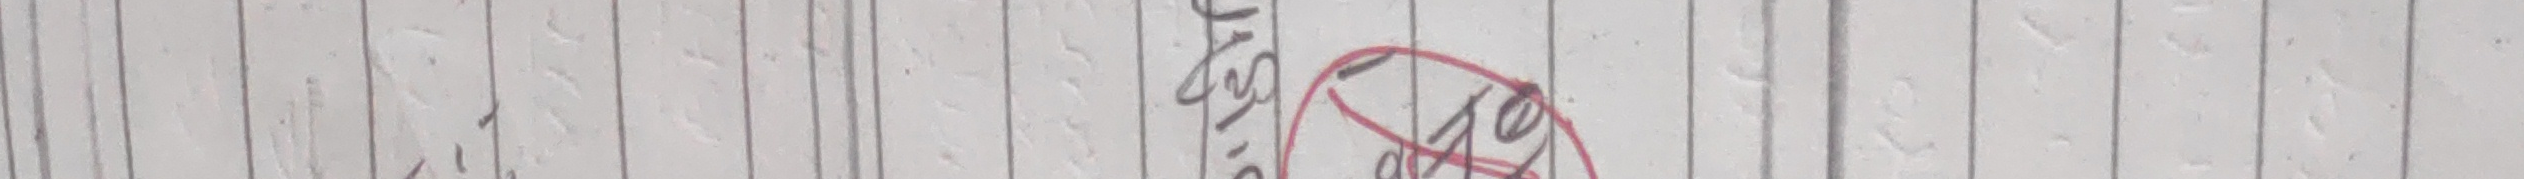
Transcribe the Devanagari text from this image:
छ ।